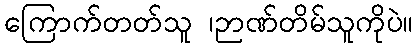
ကြောက်တတ်သူ ၊ဉာဏ်တိမ်သူကိုပဲ။